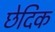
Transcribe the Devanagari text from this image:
छेदिक